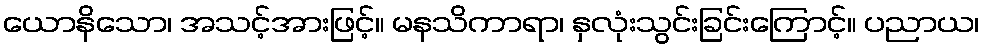
ယောနိသော၊ အသင့်အားဖြင့်။ မနသိကာရာ၊ နှလုံးသွင်းခြင်းကြောင့်။ ပညာယ၊